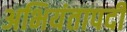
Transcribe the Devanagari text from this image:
अभियंतापदी